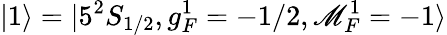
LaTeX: |1\rangle=|5^{2}S_{1/2},g_{F}^{1}=-1/2,\mathscr{M}_{F}^{1}=-1\rangle